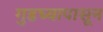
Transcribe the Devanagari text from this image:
गुडघ्यापासून